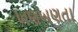
ખણખણતા